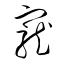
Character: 寵